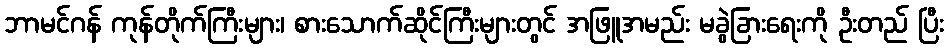
ဘာမင်ဂန် ကုန်တိုက်ကြီးများ၊ စားသောက်ဆိုင်ကြီးများတွင် အဖြူအမည်း မခွဲခြားရေးကို ဦးတည် ပြီး